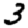
Digit: 3